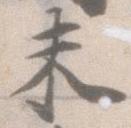
未